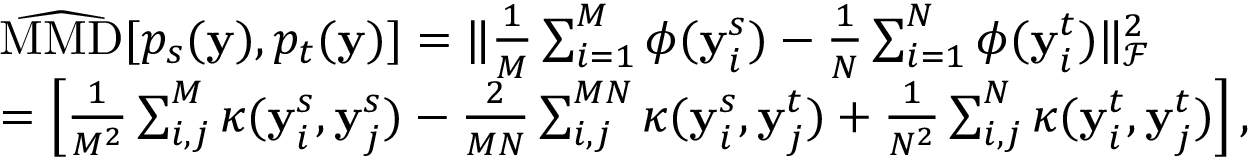
\begin{array} { r l } & { \widehat { \mathrm { M M D } } [ p _ { s } ( \mathbf { y } ) , p _ { t } ( \mathbf { y } ) ] = \| \frac { 1 } { M } \sum _ { i = 1 } ^ { M } \phi ( \mathbf { y } _ { i } ^ { s } ) - \frac { 1 } { N } \sum _ { i = 1 } ^ { N } \phi ( \mathbf { y } _ { i } ^ { t } ) \| _ { \mathcal { F } } ^ { 2 } } \\ & { = \left[ \frac { 1 } { M ^ { 2 } } \sum _ { i , j } ^ { M } \kappa ( \mathbf { y } _ { i } ^ { s } , \mathbf { y } _ { j } ^ { s } ) - \frac { 2 } { M N } \sum _ { i , j } ^ { M N } \kappa ( \mathbf { y } _ { i } ^ { s } , \mathbf { y } _ { j } ^ { t } ) + \frac { 1 } { N ^ { 2 } } \sum _ { i , j } ^ { N } \kappa ( \mathbf { y } _ { i } ^ { t } , \mathbf { y } _ { j } ^ { t } ) \right] , } \end{array}